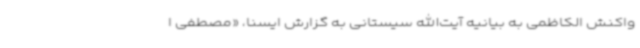
واکنش الکاظمی به بیانیه آیت‌الله سیستانی به گزارش ایسنا، «مصطفی ا